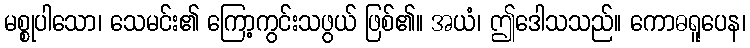
မစ္စုပါသော၊ သေမင်း၏ ကြော့ကွင်းသဖွယ် ဖြစ်၏။ အယံ၊ ဤဒေါသသည်။ ကောဓရူပေန၊